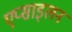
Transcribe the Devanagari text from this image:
एप्साइलन